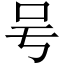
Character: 𠮲